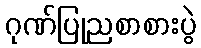
ဂုဏ်ပြုညစာစားပွဲ